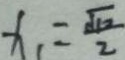
x _ { 1 } = \frac { \sqrt { 1 2 } } { 2 }